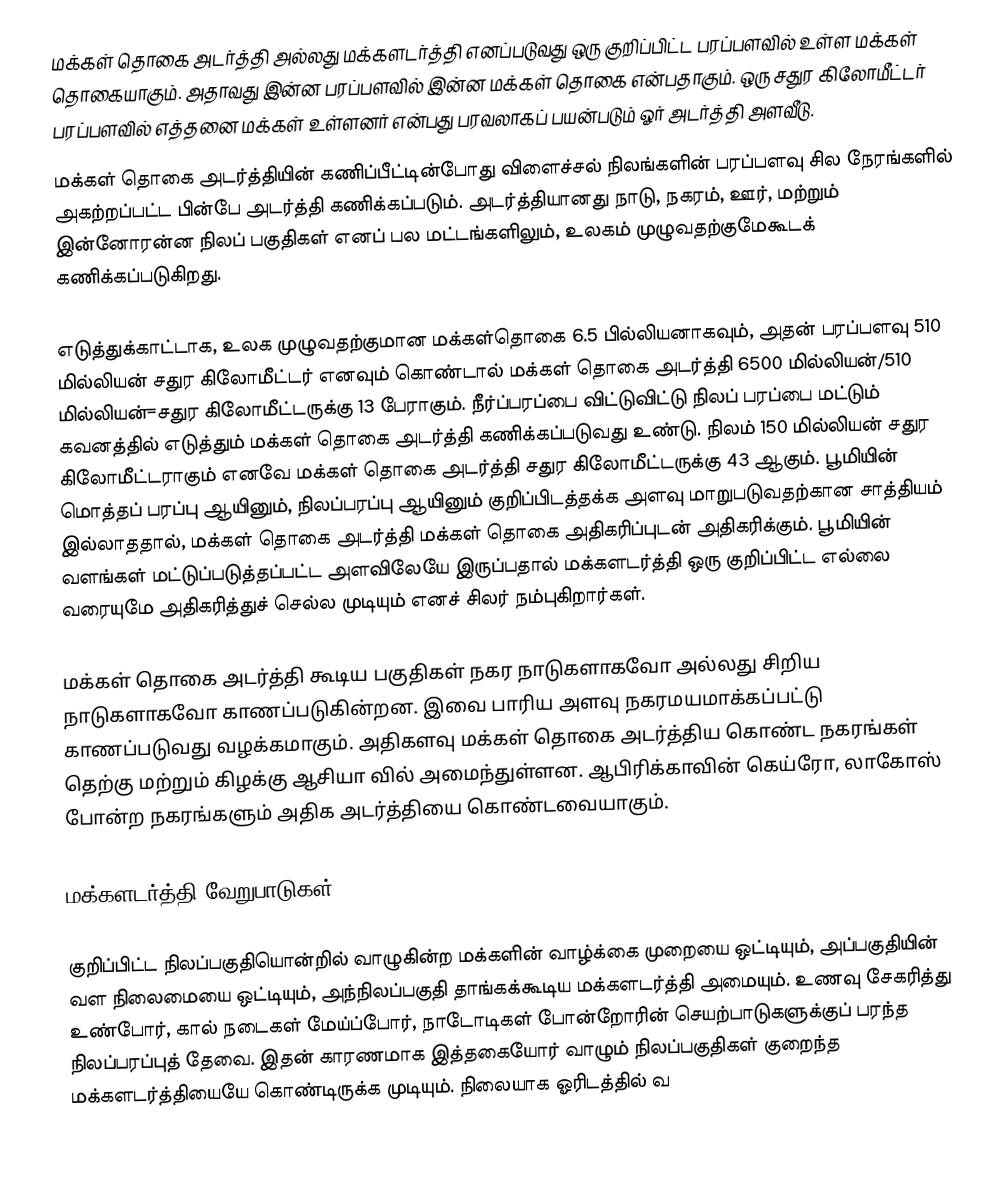
மக்கள் தொகை அடர்த்தி அல்லது மக்களடர்த்தி எனப்படுவது ஒரு குறிப்பிட்ட பரப்பளவில் உள்ள மக்கள் தொகையாகும். அதாவது இன்ன பரப்பளவில் இன்ன மக்கள் தொகை என்பதாகும். ஒரு சதுர கிலோமீட்டர் பரப்பளவில் எத்தனை மக்கள் உள்ளனர் என்பது பரவலாகப் பயன்படும் ஓர் அடர்த்தி அளவீடு.
மக்கள் தொகை அடர்த்தியின் கணிப்பீட்டின்போது விளைச்சல் நிலங்களின் பரப்பளவு சில நேரங்களில் அகற்றப்பட்ட பின்பே அடர்த்தி கணிக்கப்படும். அடர்த்தியானது நாடு, நகரம், ஊர், மற்றும் இன்னோரன்ன நிலப் பகுதிகள் எனப் பல மட்டங்களிலும், உலகம் முழுவதற்குமேகூடக் கணிக்கப்படுகிறது.

எடுத்துக்காட்டாக, உலக முழுவதற்குமான மக்கள்தொகை 6.5 பில்லியனாகவும், அதன் பரப்பளவு 510 மில்லியன் சதுர கிலோமீட்டர் எனவும் கொண்டால் மக்கள் தொகை அடர்த்தி 6500 மில்லியன்/510 மில்லியன்=சதுர கிலோமீட்டருக்கு 13 பேராகும். நீர்ப்பரப்பை விட்டுவிட்டு நிலப் பரப்பை மட்டும் கவனத்தில் எடுத்தும் மக்கள் தொகை அடர்த்தி கணிக்கப்படுவது உண்டு. நிலம் 150 மில்லியன் சதுர கிலோமீட்டராகும் எனவே மக்கள் தொகை அடர்த்தி சதுர கிலோமீட்டருக்கு 43 ஆகும். பூமியின் மொத்தப் பரப்பு ஆயினும், நிலப்பரப்பு ஆயினும் குறிப்பிடத்தக்க அளவு மாறுபடுவதற்கான சாத்தியம் இல்லாததால், மக்கள் தொகை அடர்த்தி மக்கள் தொகை அதிகரிப்புடன் அதிகரிக்கும். பூமியின் வளங்கள் மட்டுப்படுத்தப்பட்ட அளவிலேயே இருப்பதால் மக்களடர்த்தி ஒரு குறிப்பிட்ட எல்லை வரையுமே அதிகரித்துச் செல்ல முடியும் எனச் சிலர் நம்புகிறார்கள்.

மக்கள் தொகை அடர்த்தி கூடிய பகுதிகள் நகர நாடுகளாகவோ அல்லது சிறிய நாடுகளாகவோ காணப்படுகின்றன. இவை பாரிய அளவு நகரமயமாக்கப்பட்டு காணப்படுவது வழக்கமாகும். அதிகளவு மக்கள் தொகை அடர்த்திய கொண்ட நகரங்கள் தெற்கு மற்றும் கிழக்கு ஆசியா வில் அமைந்துள்ளன. ஆபிரிக்காவின் கெய்ரோ, லாகோஸ் போன்ற நகரங்களும் அதிக அடர்த்தியை கொண்டவையாகும்.

மக்களடர்த்தி வேறுபாடுகள்

குறிப்பிட்ட நிலப்பகுதியொன்றில் வாழுகின்ற மக்களின் வாழ்க்கை முறையை ஒட்டியும், அப்பகுதியின் வள நிலைமையை ஒட்டியும், அந்நிலப்பகுதி தாங்கக்கூடிய மக்களடர்த்தி அமையும். உணவு சேகரித்து உண்போர், கால் நடைகள் மேய்ப்போர், நாடோடிகள் போன்றோரின் செயற்பாடுகளுக்குப் பரந்த நிலப்பரப்புத் தேவை. இதன் காரணமாக இத்தகையோர் வாழும் நிலப்பகுதிகள் குறைந்த மக்களடர்த்தியையே கொண்டிருக்க முடியும். நிலையாக ஓரிடத்தில் வ